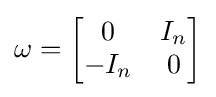
\omega ={\begin{bmatrix}0&I_{n}\\-I_{n}&0\end{bmatrix}}